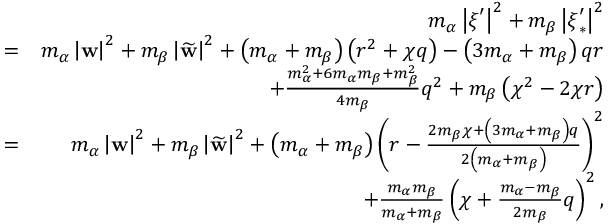
\begin{array} { r l r } & { } & { m _ { \alpha } \left\vert \boldsymbol { \xi } ^ { \prime } \right\vert ^ { 2 } + m _ { \beta } \left\vert \boldsymbol { \xi } _ { \ast } ^ { \prime } \right\vert ^ { 2 } } \\ & { = } & { m _ { \alpha } \left\vert \mathbf { w } \right\vert ^ { 2 } + m _ { \beta } \left\vert \widetilde { \mathbf { w } } \right\vert ^ { 2 } + \left( m _ { \alpha } + m _ { \beta } \right) \left( r ^ { 2 } + \chi q \right) - \left( 3 m _ { \alpha } + m _ { \beta } \right) q r } \\ & { } & { + \frac { m _ { \alpha } ^ { 2 } + 6 m _ { \alpha } m _ { \beta } + m _ { \beta } ^ { 2 } } { 4 m _ { \beta } } q ^ { 2 } + m _ { \beta } \left( \chi ^ { 2 } - 2 \chi r \right) } \\ & { = } & { m _ { \alpha } \left\vert \mathbf { w } \right\vert ^ { 2 } + m _ { \beta } \left\vert \widetilde { \mathbf { w } } \right\vert ^ { 2 } + \left( m _ { \alpha } + m _ { \beta } \right) \left( r - \frac { 2 m _ { \beta } \chi + \left( 3 m _ { \alpha } + m _ { \beta } \right) q } { 2 \left( m _ { \alpha } + m _ { \beta } \right) } \right) ^ { 2 } } \\ & { } & { + \frac { m _ { \alpha } m _ { \beta } } { m _ { \alpha } + m _ { \beta } } \left( \chi + \frac { m _ { \alpha } - m _ { \beta } } { 2 m _ { \beta } } q \right) ^ { 2 } \mathrm { , } } \end{array}